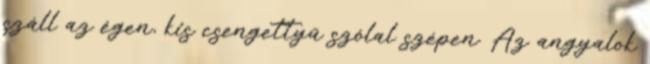
száll az égen, kis csengettyű szólal szépen. Az angyalok